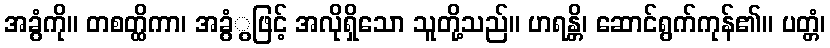
အခွံကို။ တစတ္ထိကာ၊ အခွံွဖြင့် အလိုရှိသော သူတို့သည်။ ဟရန္တိ၊ ဆောင်ရွက်ကုန်၏။ ပတ္တံ၊